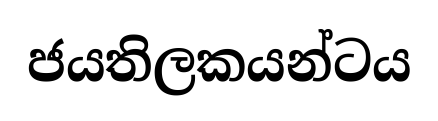
ජයතිලකයන්ටය